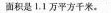
面积是1.1万平方千米。